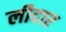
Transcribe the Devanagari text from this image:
लीदार